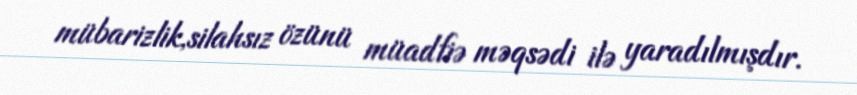
mübarizlik,silahsız özünü müadfiə məqsədi ilə yaradılmışdır.